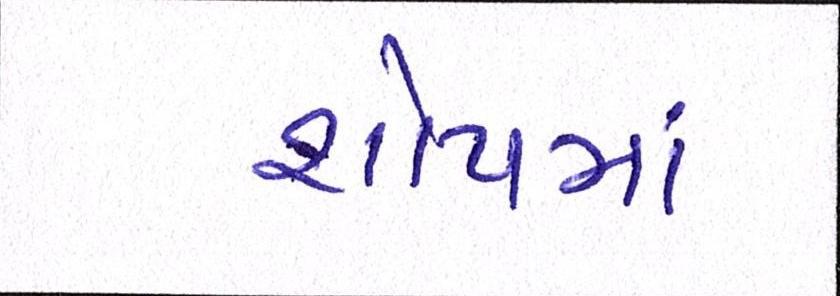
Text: શોપમાં